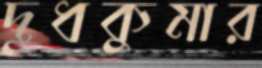
দুধকুমার